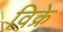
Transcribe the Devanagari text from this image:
विक्रे